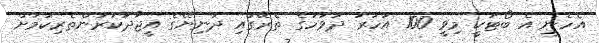
އެހެނީ އެ ބޯޓަކީ މިވީ 100 އަހަރު ދުވަހުގެ ތެރޭގައި ދުނިޔޭގެ އީޖާދުކުރުންތެރިކަމަށް